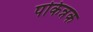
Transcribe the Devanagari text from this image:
पकिन्नक